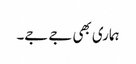
ہماری بھی جے جے۔